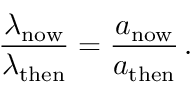
{ \frac { \lambda _ { \mathrm { n o w } } } { \lambda _ { \mathrm { t h e n } } } } = { \frac { a _ { \mathrm { n o w } } } { a _ { \mathrm { t h e n } } } } \, .